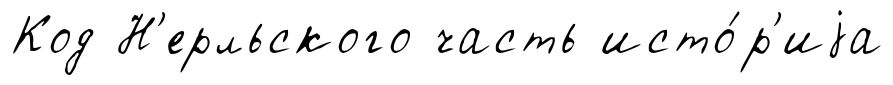
Код Н'ерльского часть исто́р'иjа